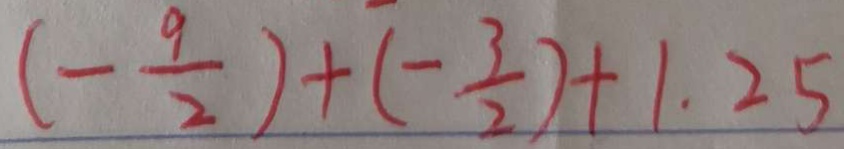
( - \frac { 9 } { 2 } ) + ( - \frac { 3 } { 2 } ) + 1 . 2 5